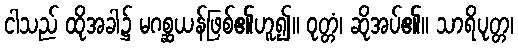
ငါသည် ထိုအခါ၌ မဂစ္ဆယန်ဖြစ်၏ဟူ၍။ ဝုတ္တံ၊ ဆိုအပ်၏။ သာရိပုတ္တ၊